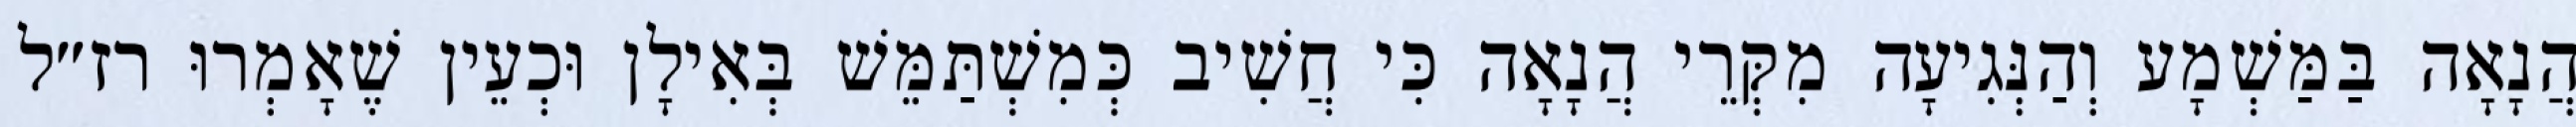
הֲנָאָה בַּמַּשְׁמָע וְהַנְּגִיעָה מִקְּרֵי הֲנָאָה כִּי חֲשִׁיב כְּמִשְׁתַּמֵּשׁ בְּאִילָן וּכְעֵין שֶׁאָמְרוּ רז״ל